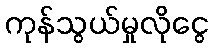
ကုန်သွယ်မှုလိုငွေ